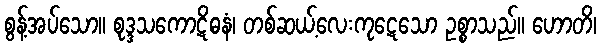
စွန့်အပ်သော။ စုဒ္ဒသကောဋိဓနံ၊ တစ်ဆယ့်လေးကုဋေသော ဥစ္စာသည်။ ဟောတိ၊